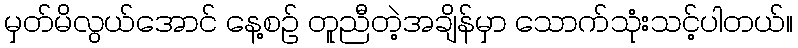
မှတ်မိလွယ်အောင် နေ့စဉ် တူညီတဲ့အချိန်မှာ သောက်သုံးသင့်ပါတယ်။